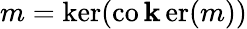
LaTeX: m=\ker(\operatorname{co\mathbf{k}er}(m))